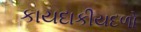
કાયદાકીયદળો